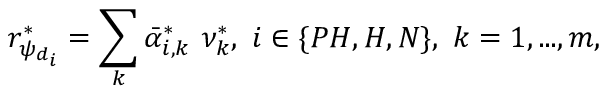
r _ { \psi _ { d _ { i } } } ^ { * } = \sum _ { k } \bar { \alpha } _ { i , k } ^ { * } \ \nu _ { k } ^ { * } , \ i \in \{ P H , H , N \} , \ k = 1 , . . . , m ,